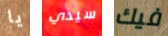
يا سيدي فيك